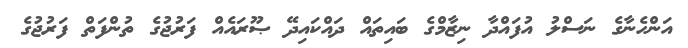
އަންހެނާގެ ނަސްލު އުފައްދާ ނިޒާމްގެ ބައިތައް ދައްކައިދޭ ޞޫރައެއް ފަރުޖުގެ ތުންފަތް ފަރުޖުގެ